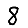
Digit: 8